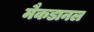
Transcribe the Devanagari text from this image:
मैकडानल